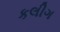
કલીગ